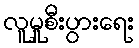
လူမှုစီးပွားရေး